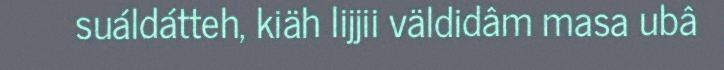
suáldátteh, kiäh lijjii väldidâm masa ubâ